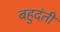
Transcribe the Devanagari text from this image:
बहुदंती